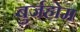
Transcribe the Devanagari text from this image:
बुर्जहोम